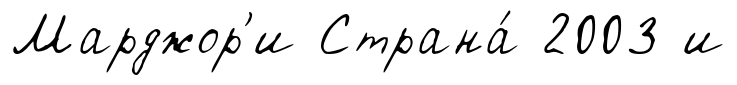
Марджор'и Страна́ 2003 и